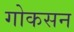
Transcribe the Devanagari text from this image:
गोकसन